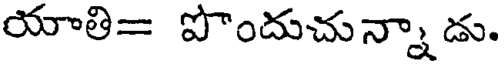
యాతి= పొందుచున్నా డు.